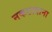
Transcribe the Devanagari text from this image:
नकटादाना